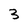
Character: 3